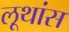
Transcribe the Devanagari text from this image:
लूथांस